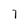
Character: 7